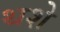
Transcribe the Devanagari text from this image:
थशे